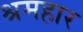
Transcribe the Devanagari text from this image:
श्रमहार